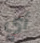
أي